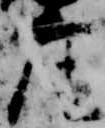
座